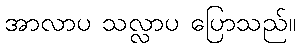
အာလာပ သလ္လာပ ပြောသည်။